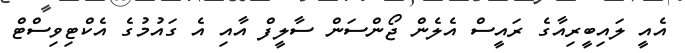
އެއީ ލައިބީރިއާގެ ރައީސް އެލެން ޖޯންސަން ސާލީފް އާއި އެ ގައުމުގެ އެކްޓިވިސްޓް